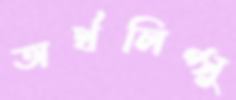
অর্থলিপ্সু